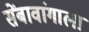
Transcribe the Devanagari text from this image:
सेंबावांगाला